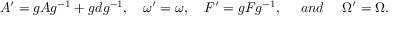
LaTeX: A ^ { \prime } = g A g ^ { - 1 } + g d g ^ { - 1 } , \ \ \ \omega ^ { \prime } = \omega , \ \ \ F ^ { \prime } = g F g ^ { - 1 } , \ \ \ \ a n d \ \ \ \ \Omega ^ { \prime } = \Omega .